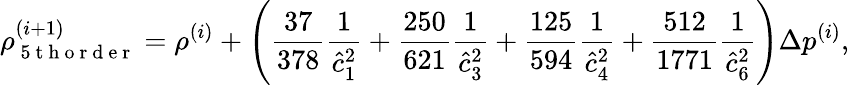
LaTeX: \rho_{\mathrm{~5~t~h~o~r~d~e~r~}}^{(i+1)}=\rho^{(i)}+\left(\frac{37}{378}\frac{1}{\hat{c}_{1}^{2}}+\frac{250}{621}\frac{1}{\hat{c}_{3}^{2}}+\frac{125}{594}\frac{1}{\hat{c}_{4}^{2}}+\frac{512}{1771}\frac{1}{\hat{c}_{6}^{2}}\right)\Delta p^{(i)},